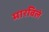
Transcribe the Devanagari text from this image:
मारविले